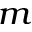
_ m